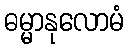
ဓမ္မာနုလောမံ